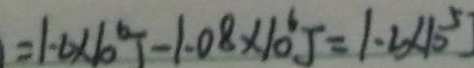
= 1 . 6 \times 1 0 ^ { 6 } J - 1 . 0 8 \times 1 0 ^ { 6 } J = 1 . 2 \times 1 0 ^ { 5 }